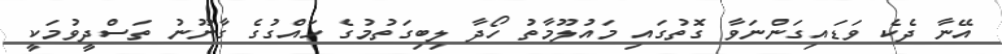
އޭނާ ދެކެ ވަޑައިގަންނަވާ ގޮތުގައި މައުލޫމާތު ހޯދާ ލިބިގަތުމުގެ ހައްގުގެ ގާނޫނު ތަސްދީވުމަކީ